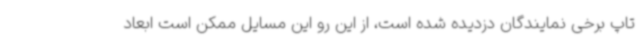
تاپ برخی نمایندگان دزدیده شده است، از این رو این مسایل ممکن است ابعاد